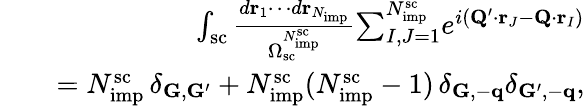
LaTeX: \begin{array}{rlr}&{}&{\int_{\mathrm{sc}}\frac{d\mathbf r_{1}\cdots d\mathbf r_{N_{\mathrm{imp}}}}{\Omega_{\mathrm{sc}}^{N_{\mathrm{imp}}^{\mathrm{sc}}}}{\sum}_{I,J=1}^{N_{\mathrm{imp}}^{\mathrm{sc}}}e^{i(\mathbf Q^{\prime}\cdot\mathbf r_{J}-\mathbf Q\cdot\mathbf r_{I})}}\\ &{}&{=N_{\mathrm{imp}}^{\mathrm{sc}}\, \delta_{\mathbf G,\mathbf G^{\prime}}+N_{\mathrm{imp}}^{\mathrm{sc}}(N_{\mathrm{imp}}^{\mathrm{sc}}-1)\, \delta_{\mathbf G,-\mathbf q}\delta_{\mathbf G^{\prime},-\mathbf q},}\end{array}